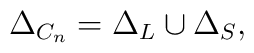
\Delta _{C_{n}}=\Delta _{L}\cup \Delta _{S},